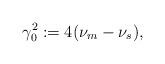
LaTeX: \begin{align*} \gamma_0^2:=4(\nu_m-\nu_s),\end{align*}